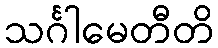
သင်္ဂါမေတီတိ